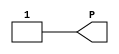
// This program was cloned from: https://github.com/jhshi/openofdm
// License: Apache License 2.0

// $Header: /devl/xcs/repo/env/Databases/CAEInterfaces/verunilibs/data/unisims/VCC.v,v 1.5 2007/05/23 21:43:44 patrickp Exp $
///////////////////////////////////////////////////////////////////////////////
// Copyright (c) 1995/2004 Xilinx, Inc.
// All Right Reserved.
///////////////////////////////////////////////////////////////////////////////
//   ____  ____
//  /   /\/   /
// /___/  \  /    Vendor : Xilinx
// \   \   \/     Version : 10.1
//  \   \         Description : Xilinx Functional Simulation Library Component
//  /   /                  VCC Connection
// /___/   /\     Filename : VCC.v
// \   \  /  \    Timestamp : Thu Mar 25 16:43:41 PST 2004
//  \___\/\___\
//
// Revision:
//    03/23/04 - Initial version.
//    05/23/07 - Changed timescale to 1 ps / 1 ps.

`timescale  1 ps / 1 ps


module VCC(P);

    output P;

	assign P = 1'b1;

endmodule